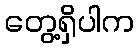
တွေ့ရှိပါက